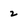
Character: 2